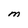
Character: M